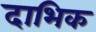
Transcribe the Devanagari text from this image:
दाभिक